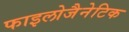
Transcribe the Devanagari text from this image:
फाइलोजैनेटिक